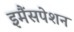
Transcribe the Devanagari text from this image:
इमैंसपेशन